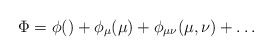
\begin{align*}\Phi = \phi() + \phi_\mu (\mu) + \phi_{\mu\nu} (\mu, \nu) + \ldots\end{align*}